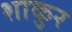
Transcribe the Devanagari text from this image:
शाकुर